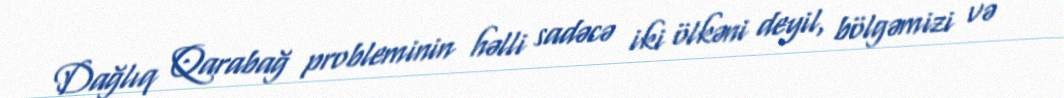
Dağlıq Qarabağ probleminin həlli sadəcə iki ölkəni deyil, bölgəmizi və